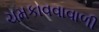
ચમકાવવાવાળી